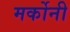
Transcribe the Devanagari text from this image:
मर्कोनी